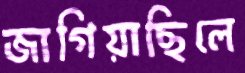
জাগিয়াছিলে